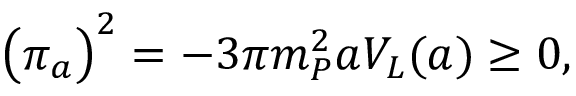
\bigl ( \pi _ { a } \bigr ) ^ { 2 } = - 3 \pi m _ { P } ^ { 2 } a V _ { L } ( a ) \geq 0 ,